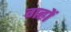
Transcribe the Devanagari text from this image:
गह्रों